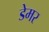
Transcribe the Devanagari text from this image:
डेमर